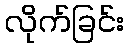
လိုက်ခြင်း